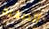
الصحية